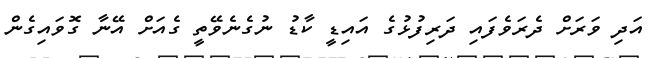
އަދި ވަރަށް ދެރަވެފައި ދަރިފުޅުގެ އައިޑީ ކާޑު ނުގެނެވޭތީ ގެއަށް އޭނާ ގޮވައިގެން